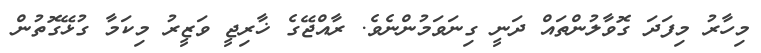
މިހާރު މިފަދަ ގޮވާލުންތައް ދަނީ ގިނަވަމުންނެވެ. ރާއްޖޭގެ ޚާރިޖީ ވަޒީރު މިކަމާ ގުޅޭގޮތުން